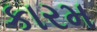
કારમ